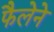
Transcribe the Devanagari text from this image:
फैलेने